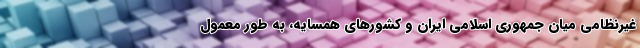
غیرنظامی میان جمهوری اسلامی ایران و کشورهای همسایه، به طور معمول